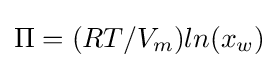
\Pi =(RT/V_{m})ln(x_{w})